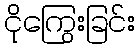
ငိုကြွေးခြင်း